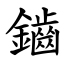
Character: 鑡